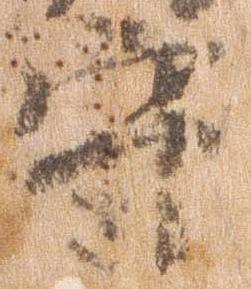
守